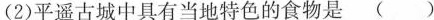
(2)平遥古城中具有当地特色的食物是()